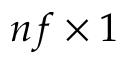
n f \times 1